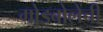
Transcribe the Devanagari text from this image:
गोडबोलेंची